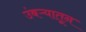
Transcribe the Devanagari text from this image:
उंबऱ्यातून